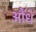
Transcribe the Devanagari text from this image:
औंधें